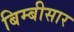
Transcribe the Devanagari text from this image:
बिम्बीसार